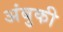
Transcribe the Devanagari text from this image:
अंबुकी